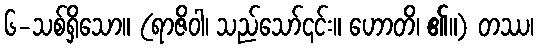
၆-သစ်ရှိသော။ (ရာဇိဝါ၊ သည်သော်၎င်း။ ဟောတိ၊ ၏။) တဿ၊